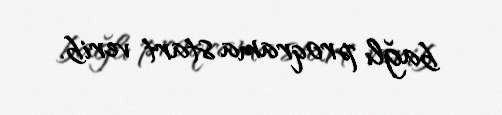
bağlı proqrama start verib.